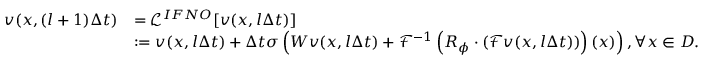
\begin{array} { r l } { { v } ( x , ( l + 1 ) \Delta t ) } & { = \mathcal { L } ^ { I F N O } [ { v } ( { x } , l \Delta t ) ] } \\ & { : = { v } ( { x } , l \Delta t ) + \Delta t \sigma \left( W { v } ( { x } , l \Delta t ) + \mathcal { F } ^ { - 1 } \left( R _ { \phi } \cdot \left( \mathcal { F } { v } ( { x } , l \Delta t ) \right) \right) ( x ) \right) , \forall x \in D . } \end{array}